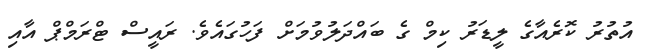
އުތުރު ކޮރެއާގެ ލީޑަރު ކިމް ގެ ބައްދަލުވުމަށް ފަހުގައެވެ. ރައީސް ޓްރަމްޕް އާއި